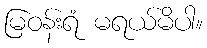
မြဝန်းရံ မရယ်မိပါ။